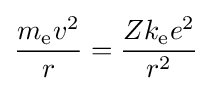
{\frac {m_{\mathrm {e} }v^{2}}{r}}={\frac {Zk_{\mathrm {e} }e^{2}}{r^{2}}}